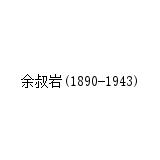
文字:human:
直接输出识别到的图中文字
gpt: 余叔岩(1890-1943)